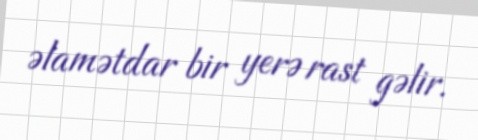
əlamətdar bir yerə rast gəlir.